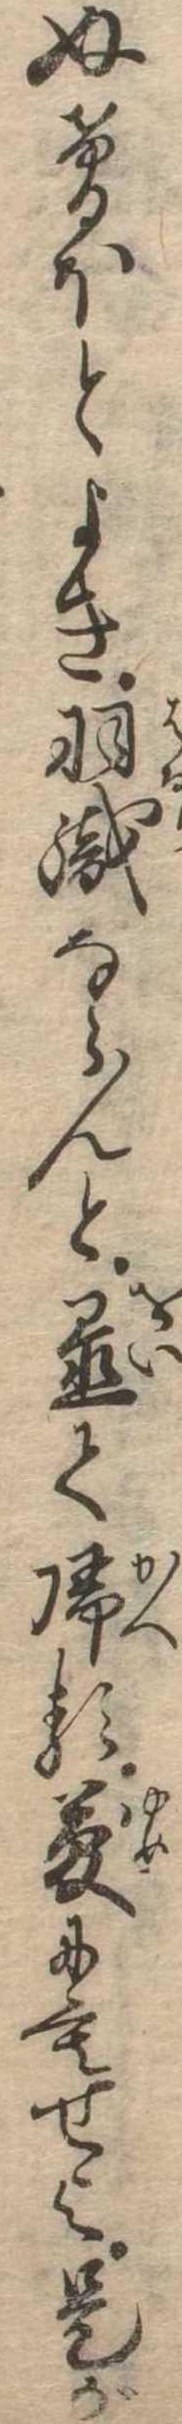
ぬけるほとよき羽織ならんと置て帰る夢にもせよ是が